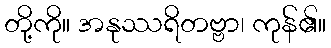
တို့ကို။ အနုဿရိတဗ္ဗာ၊ ကုန်၏။